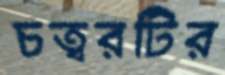
চত্বরটির